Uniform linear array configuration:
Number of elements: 4
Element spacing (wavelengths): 0.75
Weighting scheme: kaiser
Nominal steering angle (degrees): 60
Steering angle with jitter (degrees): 59.193
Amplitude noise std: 0.05
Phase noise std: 0.05

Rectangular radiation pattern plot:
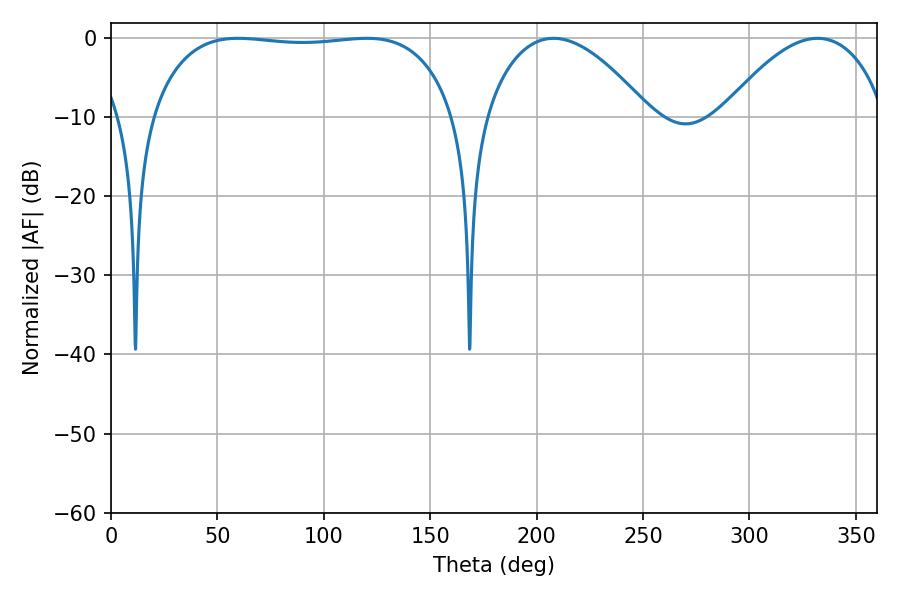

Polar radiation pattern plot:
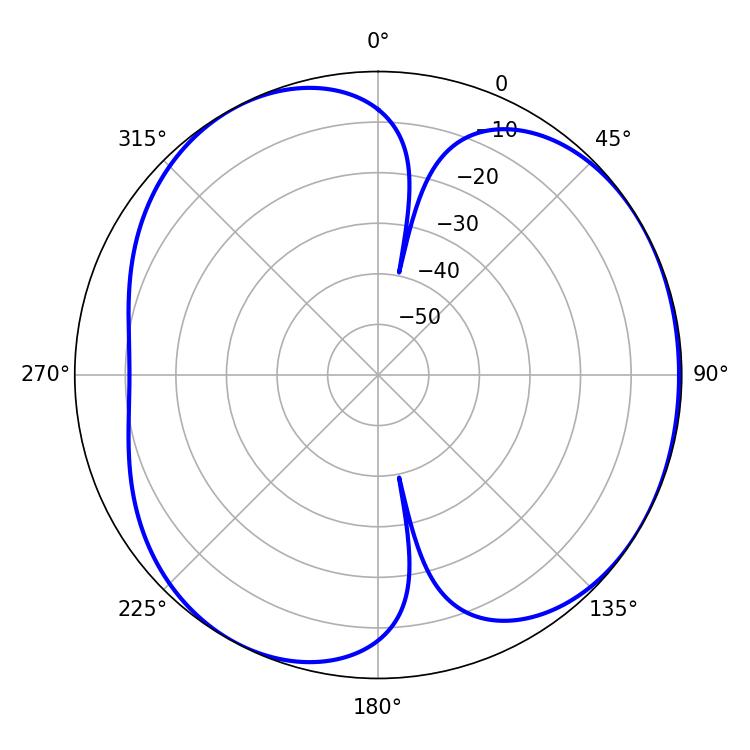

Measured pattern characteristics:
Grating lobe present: TRUE
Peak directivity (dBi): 4.356
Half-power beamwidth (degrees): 113.04
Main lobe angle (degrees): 59.76